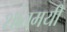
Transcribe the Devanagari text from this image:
शांतमयी